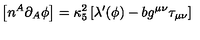
\left[ n ^ { A } \partial _ { A } \phi \right] = \kappa _ { 5 } ^ { 2 } \left[ \lambda ^ { \prime } ( \phi ) - b g ^ { \mu \nu } \tau _ { \mu \nu } \right]